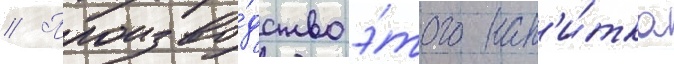
// Произво́дство э́того нап'и́тка